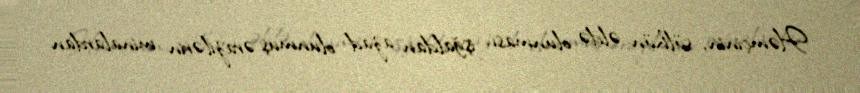
Həmçinin, sülhün əldə olunması, işğaldan azad olunmuş ərazilərin minalardan